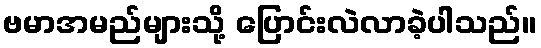
ဗမာအမည်များသို့ ပြောင်းလဲလာခဲ့ပါသည်။